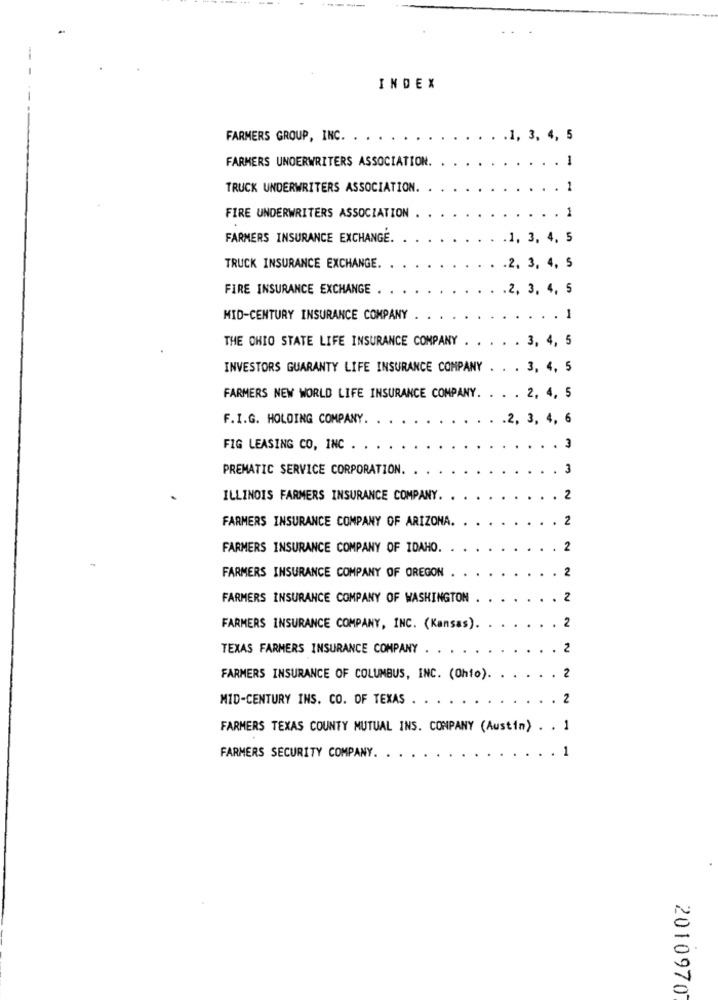
INDEX
FARMERS GROUP, INC.
.1, 3, 4, 5
FARMERS UNDERWRITERS ASSOCIATION.
1
TRUCK UNDERWRITERS ASSOCIATION.
1
1
FIRE UNDERWRITERS ASSOCIATION .
FARMERS INSURANCE EXCHANGE.
.1, 3, 4, 5
TRUCK INSURANCE EXCHANGE.
.2. 3, 4, 5
FIRE INSURANCE EXCHANGE
.2, 3, 4, 5
MID-CENTURY INSURANCE COMPANY
1
THE OHIO STATE LIFE INSURANCE COMPANY . . . . . 3, 4, 5
INVESTORS GUARANTY LIFE INSURANCE COMPANY . . . 3, 4, 5
FARMERS NEW WORLD LIFE INSURANCE COMPANY. . . . 2, 4, 5
F.I.G. HOLDING COMPANY.
.2, 3, 4, 6
FIG LEASING CO, INC .
3
PREMATIC SERVICE CORPORATION.
3
ILLINOIS FARMERS INSURANCE COMPANY.
2
FARMERS INSURANCE COMPANY OF ARIZONA.
2
FARMERS INSURANCE COMPANY OF IDAHO.
2
2
FARMERS INSURANCE COMPANY OF OREGON .
FARMERS INSURANCE COMPANY OF WASHINGTON .
. 2
FARMERS INSURANCE COMPANY, INC. (Kansas).
.. . 2
TEXAS FARMERS INSURANCE COMPANY .
. 2
FARMERS INSURANCE OF COLUMBUS, INC. (Ohio).
. ... . 2
MID-CENTURY INS. CO. OF TEXAS .
. . 2
FARMERS TEXAS COUNTY MUTUAL INS. COMPANY (Austim) . . 1
1
FARMERS SECURITY COMPANY.
2010970